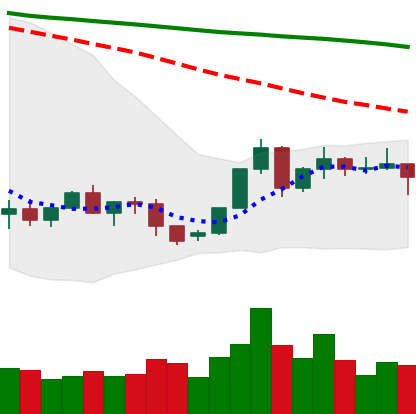
Ticker: XLM-USD
Chart end date: 2022-06-07
Forward return: -15.157%
Label: down_7plus